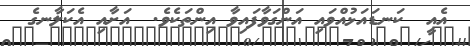
އެއީ  ކަނޑައަޅުއްވައި އަންގަވާފައިވާ އިންތަކެވެ.  އަށާއި އެކަލާނގެ